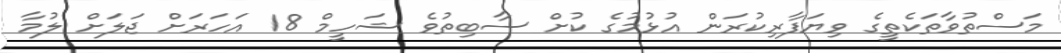
މަސްތުވާތަކެތީގެ ވިޔަފާރިކުރަން އުޅުމުގެ ކުށް ސާބިތުވެ ޝަހީމް 18 އަހަރަށް ޖަލަށް ލުމާ